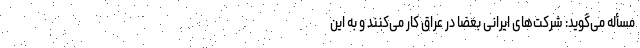
مسأله می‌گوید: شرکت‌های ایرانی بعضاً در عراق کار می‌کنند و به این